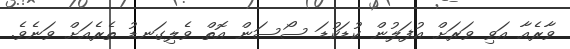
ވާރެއާ އަވި ވަރަށް އުފަލުން ކުޑަކުޑަ ސޯސަން އޮތް ވެލިގަނޑު ތެރެއަށް ވަނެވެ.